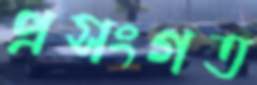
প্রসংগত